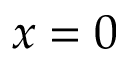
x = 0